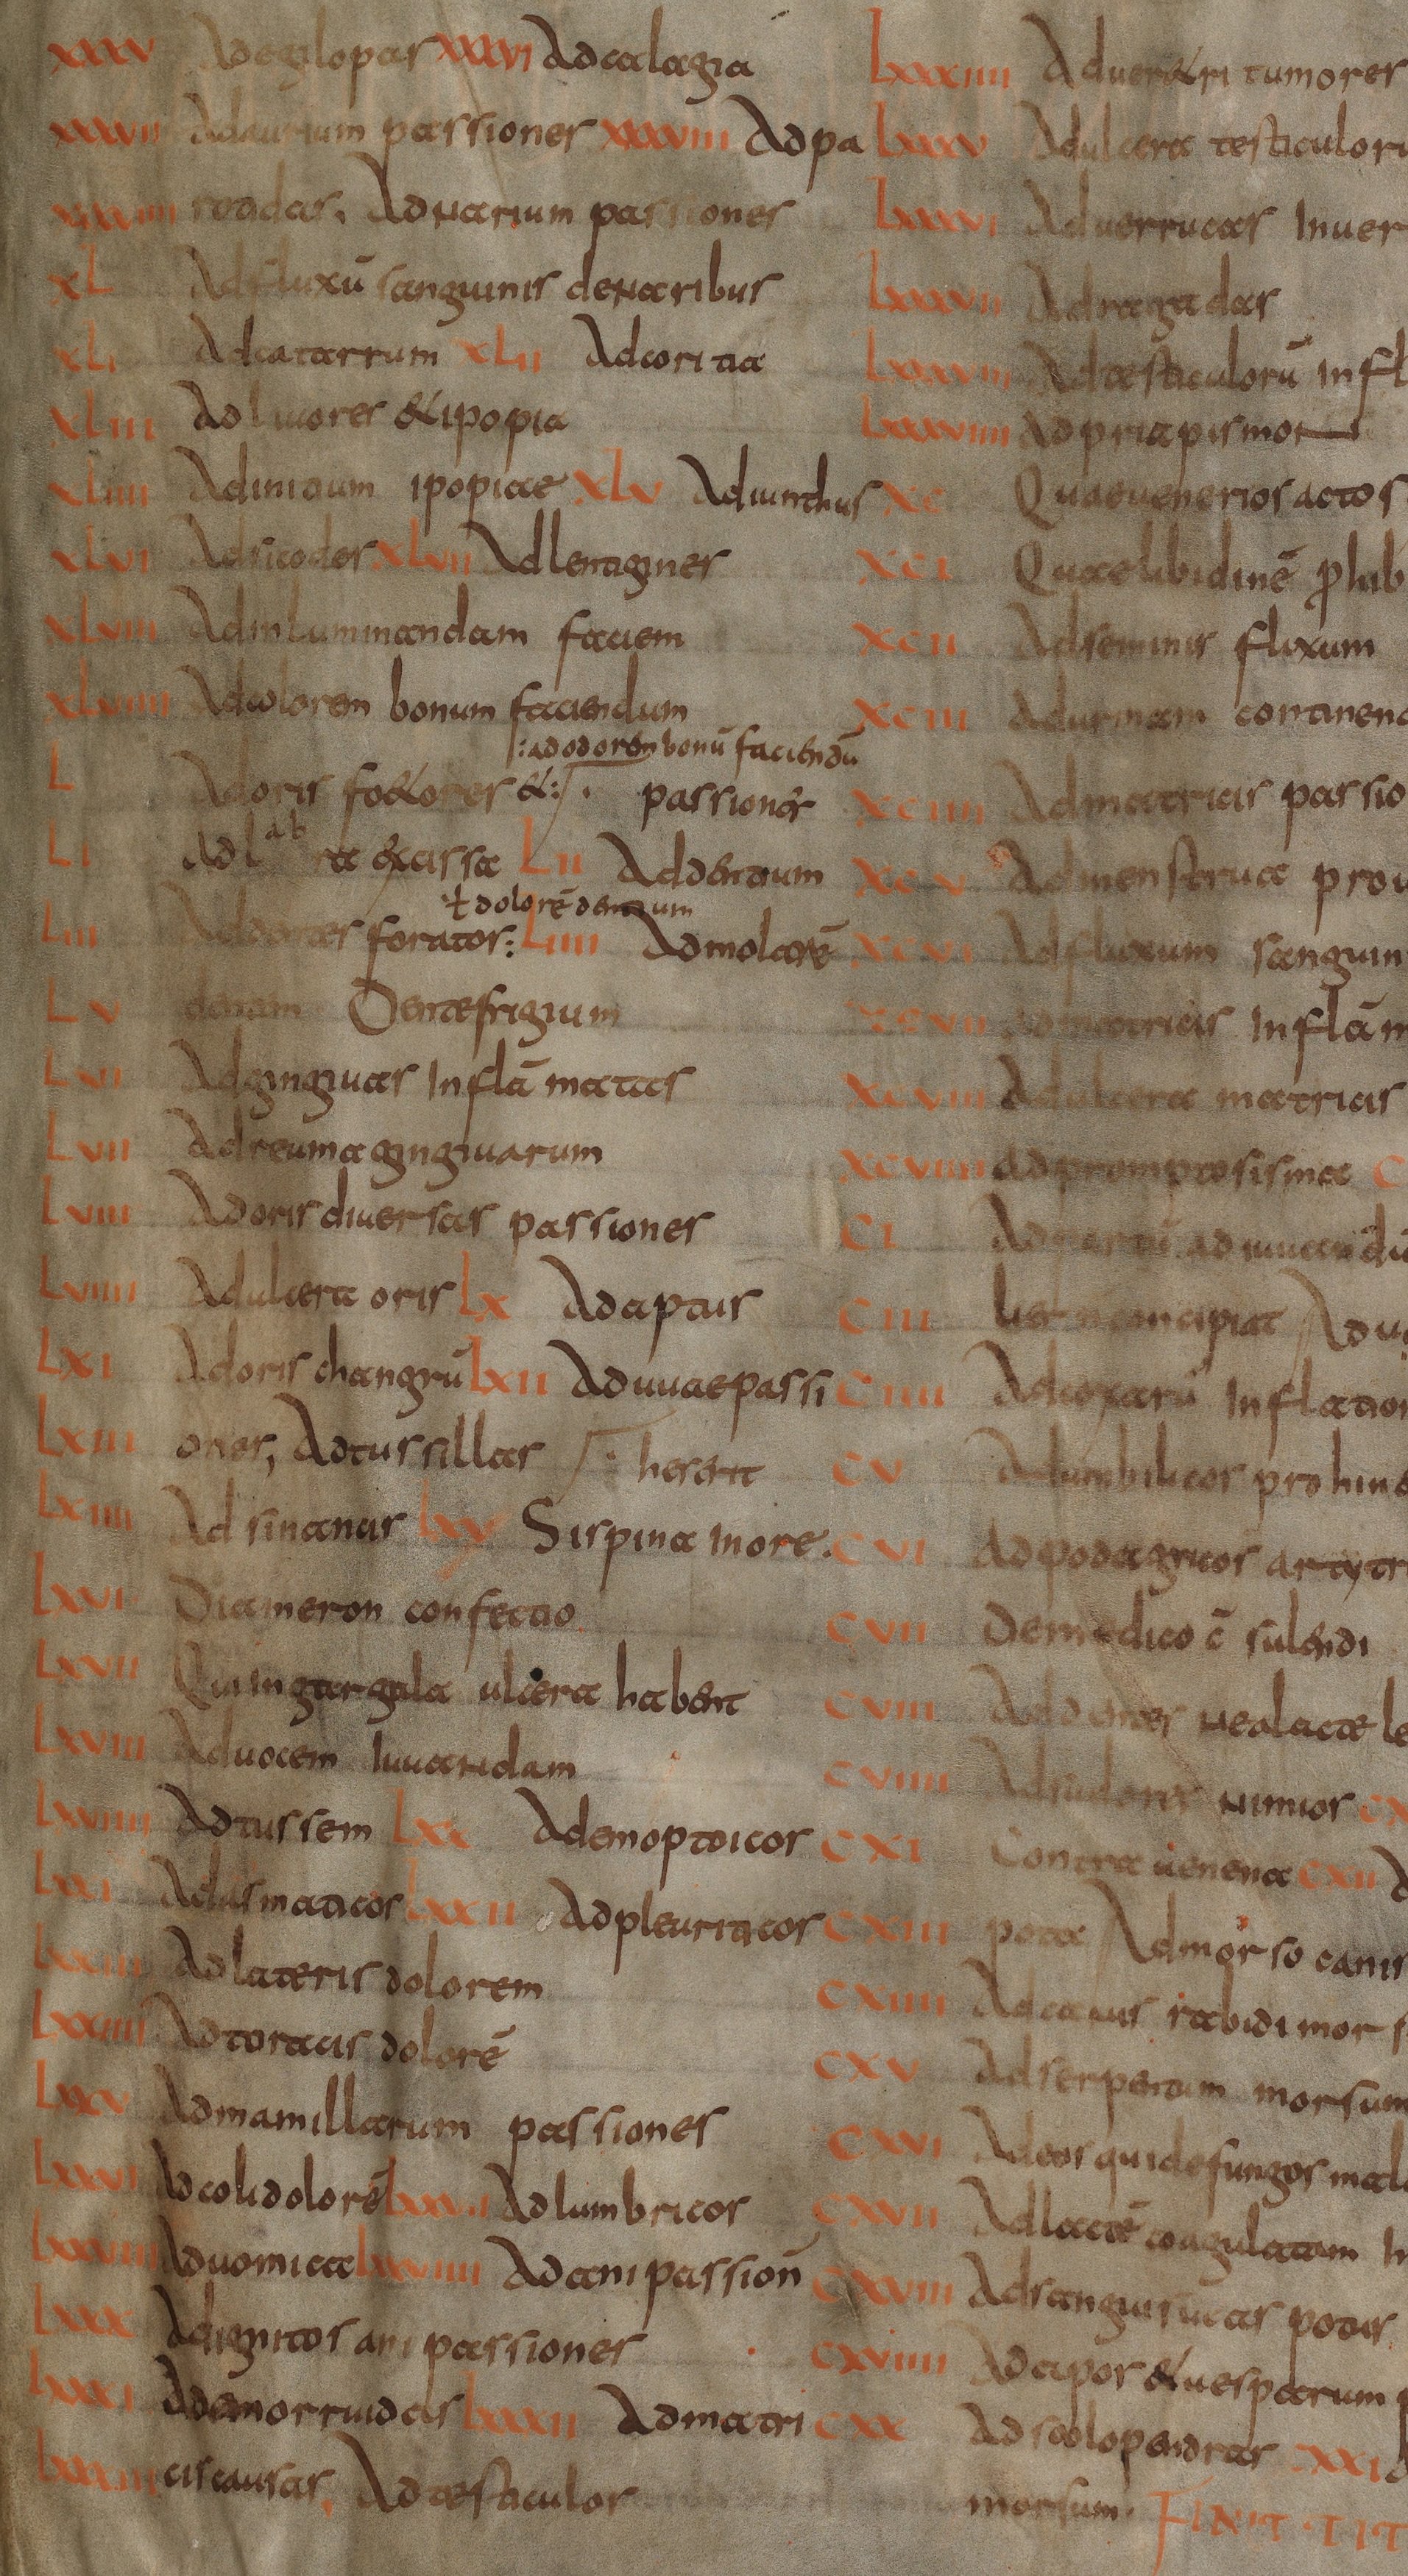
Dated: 800–830